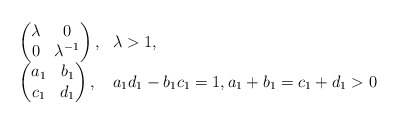
\begin{align*}\begin{array}{ll}\begin{pmatrix}\lambda&0\\0&\lambda^{-1}\end{pmatrix},& \lambda>1,\\\begin{pmatrix}a_1&b_1\\c_1&d_1\end{pmatrix}, &a_1d_1-b_1c_1=1, a_1+b_1=c_1+d_1>0\end{array}\end{align*}